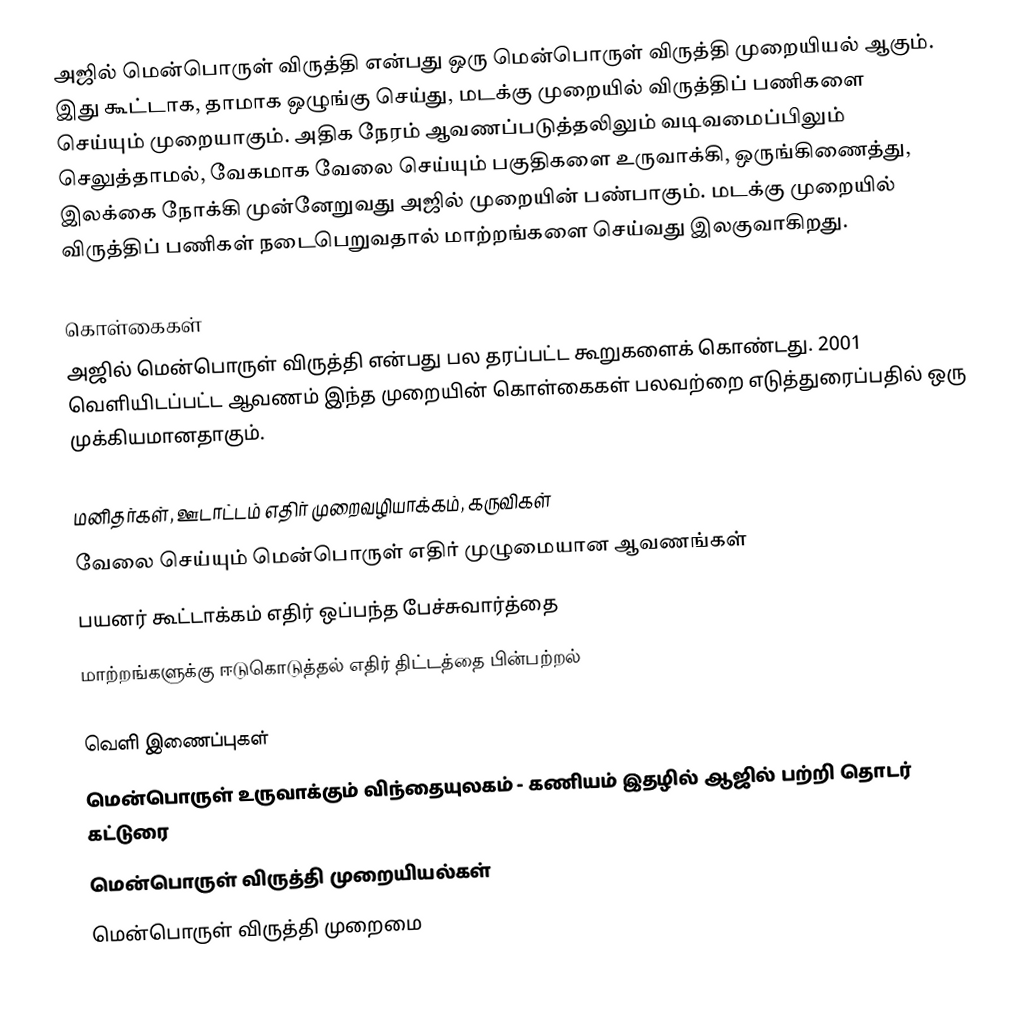
அஜில் மென்பொருள் விருத்தி என்பது ஒரு மென்பொருள் விருத்தி முறையியல் ஆகும். இது கூட்டாக, தாமாக ஒழுங்கு செய்து, மடக்கு முறையில் விருத்திப் பணிகளை செய்யும் முறையாகும். அதிக நேரம் ஆவணப்படுத்தலிலும் வடிவமைப்பிலும் செலுத்தாமல், வேகமாக வேலை செய்யும் பகுதிகளை உருவாக்கி, ஒருங்கிணைத்து, இலக்கை நோக்கி முன்னேறுவது அஜில் முறையின் பண்பாகும். மடக்கு முறையில் விருத்திப் பணிகள் நடைபெறுவதால் மாற்றங்களை செய்வது இலகுவாகிறது.

கொள்கைகள்
அஜில் மென்பொருள் விருத்தி என்பது பல தரப்பட்ட கூறுகளைக் கொண்டது. 2001 வெளியிடப்பட்ட ஆவணம் இந்த முறையின் கொள்கைகள் பலவற்றை எடுத்துரைப்பதில் ஒரு முக்கியமானதாகும்.

 மனிதர்கள், ஊடாட்டம் எதிர் முறைவழியாக்கம், கருவிகள்
 வேலை செய்யும் மென்பொருள் எதிர் முழுமையான ஆவணங்கள்
 பயனர் கூட்டாக்கம் எதிர் ஒப்பந்த பேச்சுவார்த்தை
 மாற்றங்களுக்கு ஈடுகொடுத்தல் எதிர் திட்டத்தை பின்பற்றல்

வெளி இணைப்புகள்
 மென்பொருள் உருவாக்கும் விந்தையுலகம் - கணியம் இதழில் ஆஜில் பற்றி தொடர் கட்டுரை
மென்பொருள் விருத்தி முறையியல்கள்
மென்பொருள் விருத்தி முறைமை